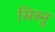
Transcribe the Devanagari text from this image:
सिस्नु